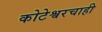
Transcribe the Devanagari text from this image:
कोटेश्वरचाही